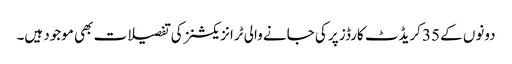
دونوں کے 35 کریڈٹ کارڈز پر کی جانے والی ٹرانزیکشنز کی تفصیلات بھی موجود ہیں۔